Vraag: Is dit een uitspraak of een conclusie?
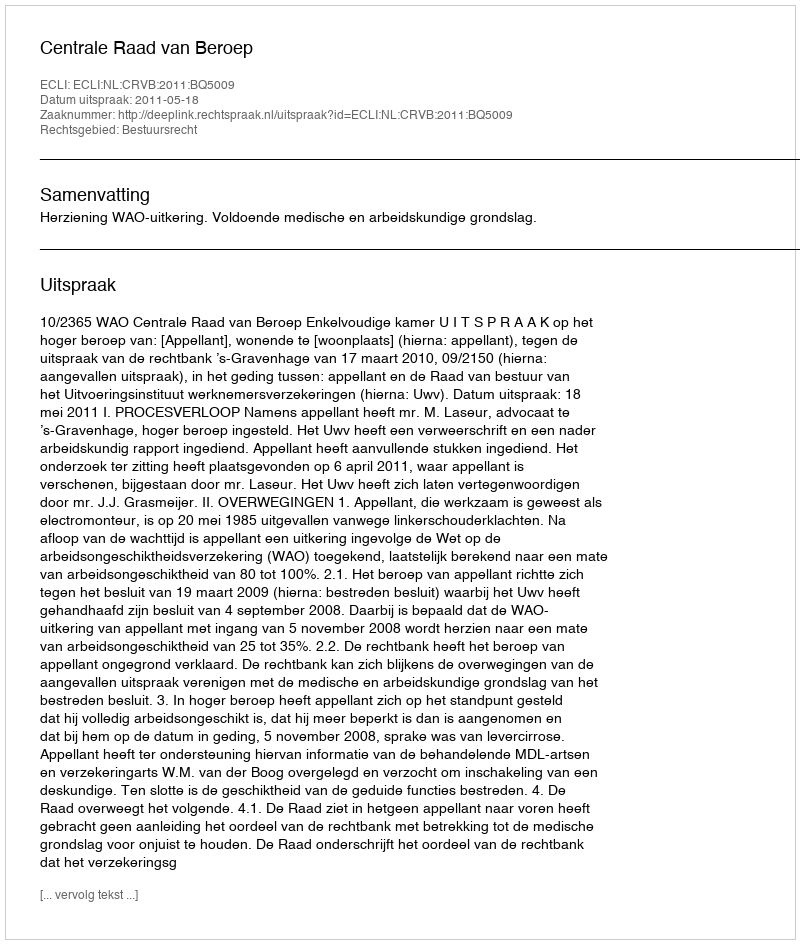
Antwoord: Uitspraak